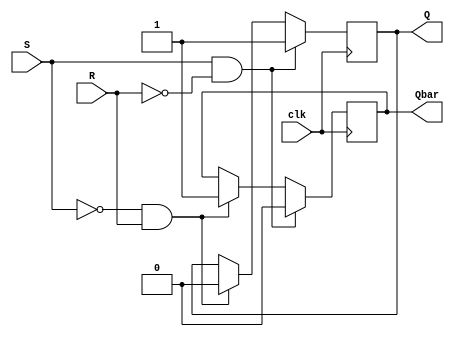
module edge_triggered_sr_ff (
    input clk, // clock signal
    input S, // Set input
    input R, // Reset input
    output reg Q, // Q output
    output reg Qbar // Qbar output
);

always @(posedge clk) begin
    if (S && !R) // Set condition
        begin
            Q <= 1'b1;
            Qbar <= 1'b0;
        end
    else if (!S && R) // Reset condition
        begin
            Q <= 1'b0;
            Qbar <= 1'b1;
        end
    else if (S && R) // Invalid condition
        begin
            Q <= Q;
            Qbar <= Qbar;
        end
    else // Hold condition
        begin
            Q <= Q;
            Qbar <= Qbar;
        end
end

endmodule